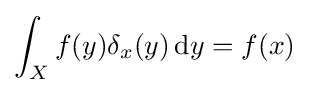
\int _{X}f(y)\delta _{x}(y)\,\mathrm {d} y=f(x)